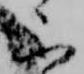
不